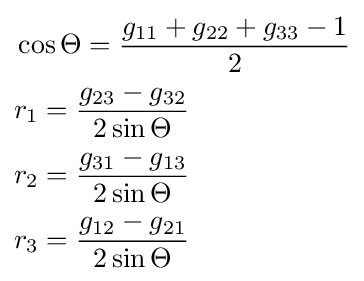
{\begin{aligned}&\cos \Theta ={\frac {g_{11}+g_{22}+g_{33}-1}{2}}\\&r_{1}={\frac {g_{23}-g_{32}}{2\sin \Theta }}\\&r_{2}={\frac {g_{31}-g_{13}}{2\sin \Theta }}\\&r_{3}={\frac {g_{12}-g_{21}}{2\sin \Theta }}\end{aligned}}